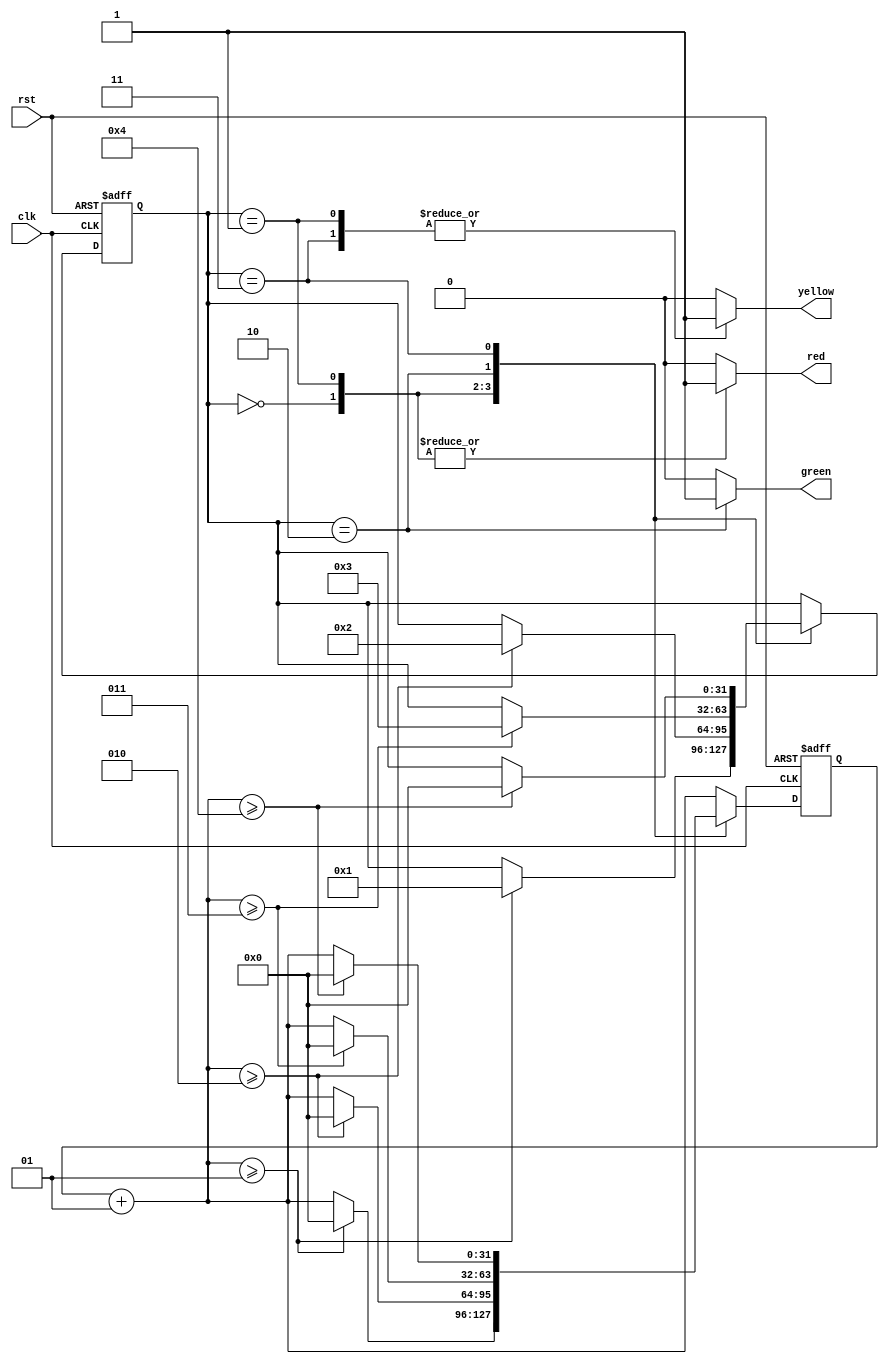
module traffic_lights(input clk, rst, output reg red, yellow, green);

// Define 4 states
localparam red_state = 0;
localparam red_yellow_state = 1;
localparam green_state = 2;
localparam yellow_state = 3;

// Define clock cycles duration
localparam red_time = 1;
localparam red_yellow_time = 2;
localparam green_time = 3;
localparam yellow_time = 4;

// Define state and counter variables
integer present_state, next_state;
integer present_counter, next_counter;

//Implementation of asynchronous and synchronous processes
always @ (posedge clk or posedge rst)
	begin
	
	// asynchronous process
	if (rst) begin
		present_state <= red_state;
		present_counter <= 0;
	end
	
	// synchronous process
	else begin
		present_state <= next_state;
		present_counter <= next_counter;
	end
end

// Cobinatorical logic to set the next state and next counter values
always
	begin
	
	// Default
	next_state = present_state;
	next_counter = present_counter + 1;
	
	case (present_state)
		
		red_state: begin
			
			if (next_counter >= red_time) begin
				next_state = red_yellow_state;
				next_counter = 0;
			end
		end
		
		red_yellow_state: begin
		 if (next_counter >= red_yellow_time) begin
				next_state = green_state;
				next_counter = 0;
			end
		end
		
		green_state: begin
		 if (next_counter >= green_time) begin
				next_state = yellow_state;
				next_counter = 0;
			end
		end
		
		yellow_state: begin
		 if (next_counter >= yellow_time) begin
				next_state = red_state;
				next_counter = 0;
			end
		end
	endcase 
end

// Cobinatorical logic to set output lights
always 
   begin 
   
   // Default values
   red = 1'b0;
   yellow = 1'b0;
   green = 1'b0;
   
   case(present_state)
	
      red_state: begin
         red = 1'b1;
      end
		 
      red_yellow_state: begin
         red = 1'b1;
         yellow = 1'b1;
      end
		 
      green_state: begin
         green = 1'b1;
      end
		 
      yellow_state: begin
         yellow = 1'b1;
      end
	endcase
end

endmodule